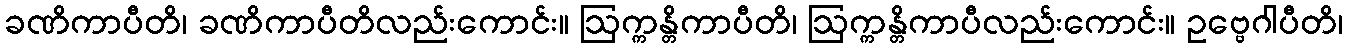
ခဏိကာပီတိ၊ ခဏိကာပီတိလည်းကောင်း။ ဩက္ကန္တိကာပီတိ၊ ဩက္ကန္တိကာပီလည်းကောင်း။ ဥဗ္ဗေဂါပီတိ၊